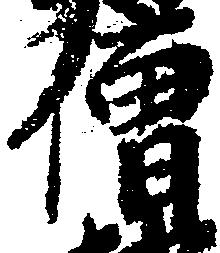
僧